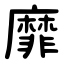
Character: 靡